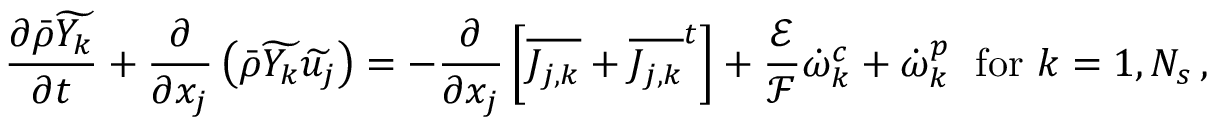
\frac { \partial \bar { \rho } \widetilde { Y _ { k } } } { \partial t } + \frac { \partial } { \partial x _ { j } } \left( \bar { \rho } \widetilde { Y _ { k } } \widetilde { u _ { j } } \right) = - \frac { \partial } { \partial x _ { j } } \left[ \overline { { J _ { j , k } } } + { \overline { { J _ { j , k } } } ^ { t } } \right] + \frac { \mathcal { E } } { \mathcal { F } } \dot { \omega } _ { k } ^ { c } + \dot { \omega } _ { k } ^ { p } \; \mathrm { ~ f o r ~ } k = 1 , N _ { s } \, \mathrm { , }